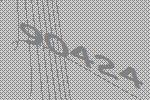
90424